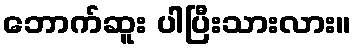
ဘောက်ဆူး ပါပြီးသားလား။